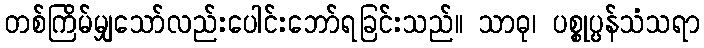
တစ်ကြိမ်မျှသော်လည်းပေါင်းဘော်ရခြင်းသည်။ သာဓု၊ ပစ္စုပ္ပန်သံသရာ